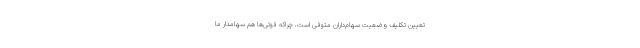
تعیین تکلیف وضعیت سهام‌داران متوفی است، چراکه فوتی‌ها هم سهامدار ما